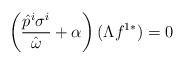
LaTeX: \begin{align*}\left(\frac{\hat{p}^i \sigma^i}{\hat{\omega}}+\alpha\right)(\Lambda f^{1*})=0\end{align*}